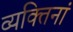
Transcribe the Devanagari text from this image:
व्यक्तिनां